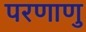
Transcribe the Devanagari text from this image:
परणाणु